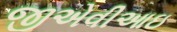
જીએવીઆઇ